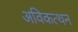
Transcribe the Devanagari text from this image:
अविकत्थन